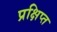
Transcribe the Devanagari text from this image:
प्रक्षिप्‍त